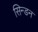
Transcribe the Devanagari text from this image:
सिन्डन